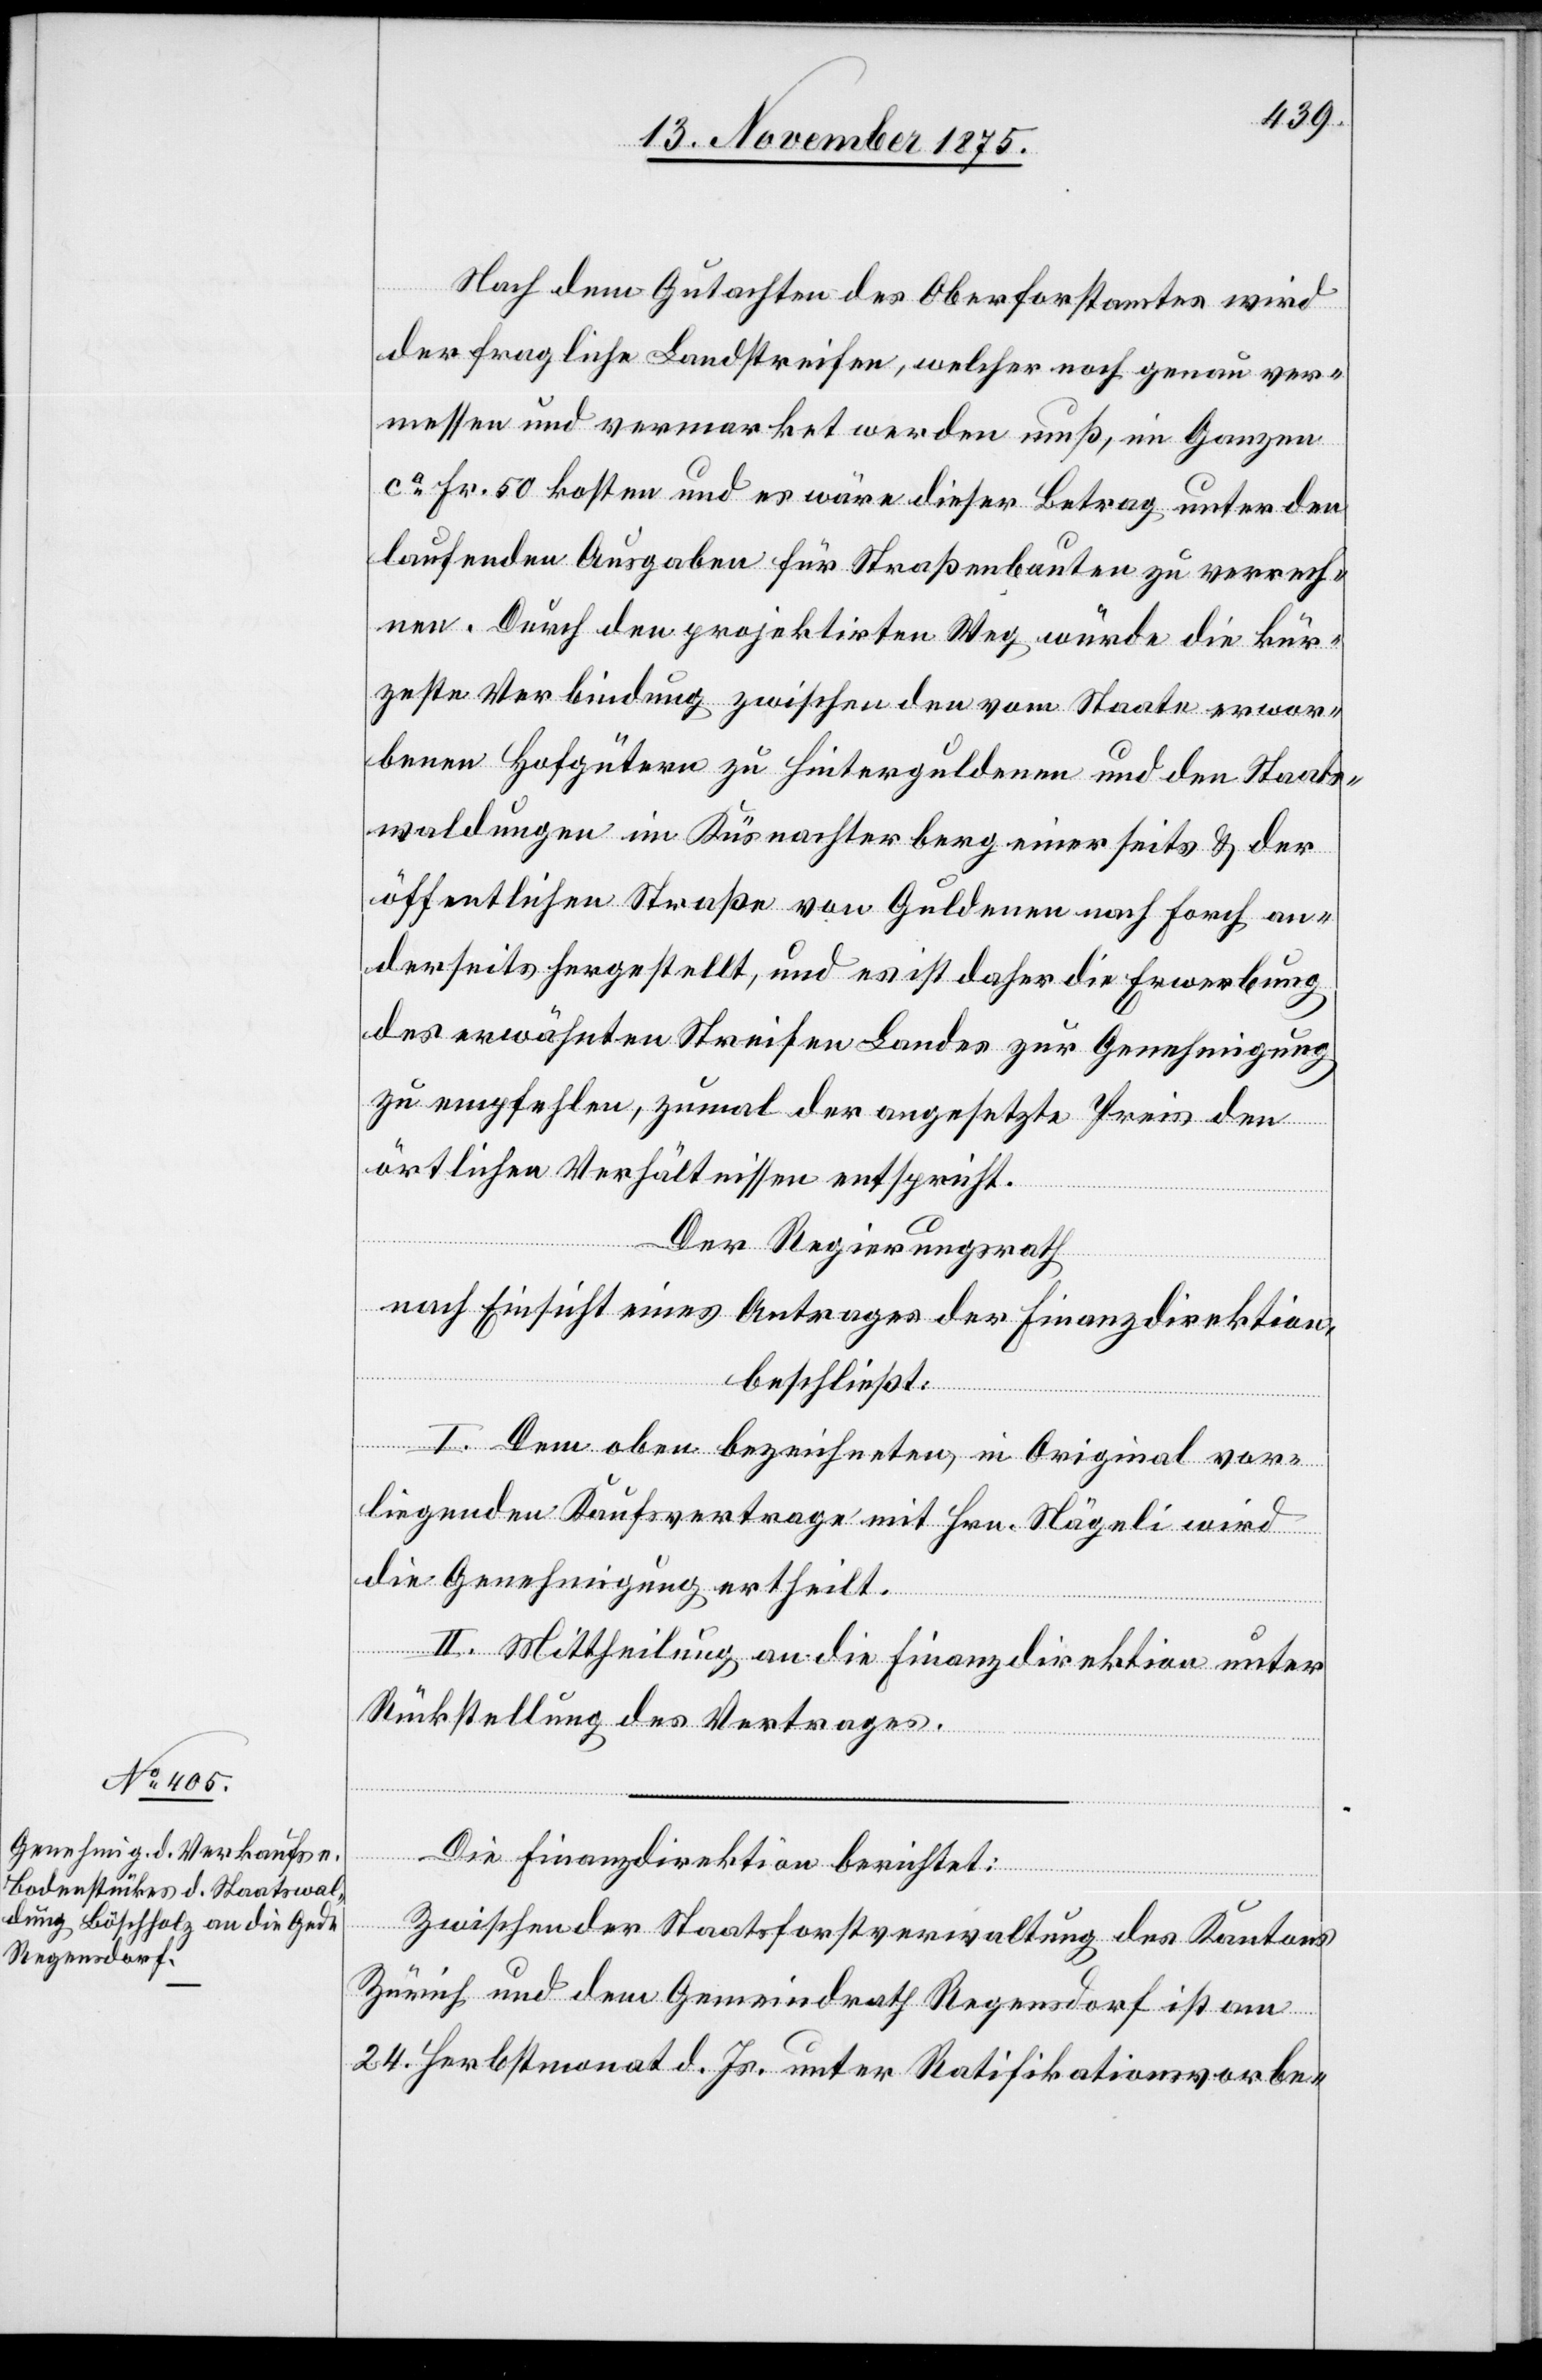
Nach dem Gutachten des Oberforstamtes wird
der fragliche Landstreifen, welcher noch genau ver¬
messen und vermarket werden muß, im Ganzen
ca Fr. 50 kosten und es wäre dieser Betrag unter den
laufenden Ausgaben für Straßenbauten zu verrech¬
nen. Durch den projektirten Weg würde die kür¬
zeste Verbindung zwischen den vom Staate erwor¬
benen Hofgütern zu Hinterguldenen und den Staats¬
waldungen im Küsnachterberg einerseits & der
öffentlichen Straße von Guldenen nach Forch an¬
derseits hergestellt, und es ist daher die Erwerbung
des erwähnten Streifen Landes zur Genehmigung
zu empfehlen, zumal der angesetzte Preis den
örtlichen Verhältnissen entspricht.
Der Regierungsrath,
nach Einsicht eines Antrages der Finanzdirektion,
beschließt:
I. Dem oben bezeichneten, im Original vor¬
liegenden Kaufsvertrage mit Hrn. Nägeli wird
die Genehmigung ertheilt.
II. Mittheilung an die Finanzdirektion unter
Rückstellung des Vertrages.
unter
Die Finanzdirektion berichtet:
Zwischen der Staatsforstverwaltung des Kantons
Zürich und dem Gemeindrath ist am 24.